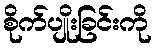
စိုက်ပျိုးခြင်းကို